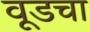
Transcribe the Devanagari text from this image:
वूडचा